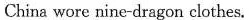
China wore nine-dragon clothes,